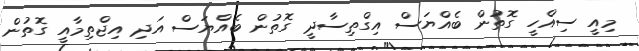
މިއީ ސިއްހީ ގޮތުން ބެއްޔަސް އިގްތިސާދީ ގޮތުން ބެއްޔަސް އަދި އިޖްތިމާއީ ގޮތުން